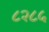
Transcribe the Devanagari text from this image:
८२८५